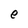
Character: e